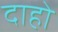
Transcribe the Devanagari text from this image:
दाहो